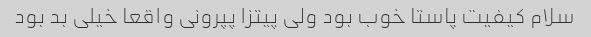
سلام کیفیت پاستا خوب بود ولی پیتزا پپرونی واقعا خیلی بد بود